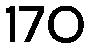
170